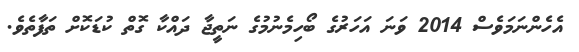
އެހެންނަމަވެސް 2014 ވަނަ އަހަރުގެ ބޯހިމެނުމުގެ ނަތީޖާ ދައްކާ ގޮތް ކުޑަކޮށް ތަފާތެވެ.